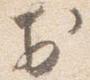
於